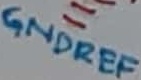
Text: GNDREF